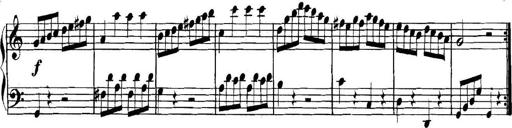
Title: Collected Piano Sonatas
Composer: Muzio Clementi